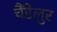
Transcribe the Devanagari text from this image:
चैंडेलुर